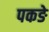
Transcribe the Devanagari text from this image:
पकङे